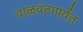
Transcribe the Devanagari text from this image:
वाळवंटापर्यंत